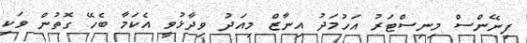
ފިނޭންސް މިނިސްޓަރު އަހުމަދު އިނާޒް މިއަދު ވިދާޅުވީ އެކަމާ ބެހޭ ގޮތުން ވަކި